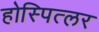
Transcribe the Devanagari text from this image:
होस्पित्लर